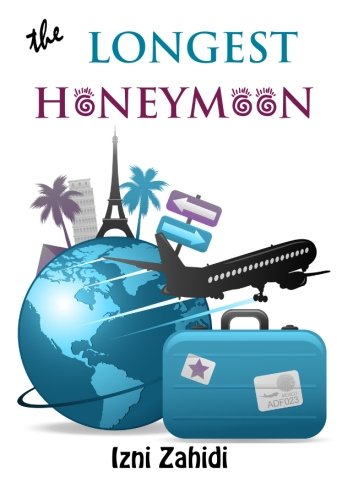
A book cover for The Longest Honeymoon; Izni Zahidi; Crafts, Hobbies & Home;